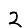
Digit: 2